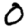
Digit: 0